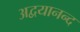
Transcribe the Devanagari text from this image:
अद्वयानन्द